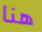
هنا